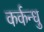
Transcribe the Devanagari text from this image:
कर्कन्धु